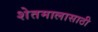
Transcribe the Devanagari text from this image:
शेतमालासाठी